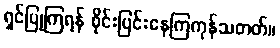
ရှင်ပြုကြရန် စိုင်းပြင်းနေကြကုန်သတတ်။